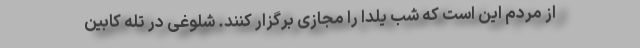
از مردم این است که شب یلدا را مجازی برگزار کنند. شلوغی در تله کابین